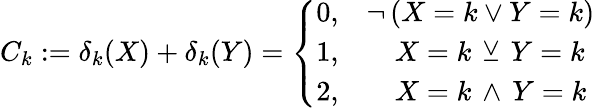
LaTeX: C_{k}:=\delta_{k}(X)+\delta_{k}(Y)={\left\{ \begin{array}{ll}{0,}&{\neg\, (X=k\vee Y=k)}\\ {1,}&{\quad X=k\, \veebar\, Y=k}\\ {2,}&{\quad X=k\, \wedge\, Y=k}\end{array}\right.}